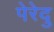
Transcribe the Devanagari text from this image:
पेरेदु